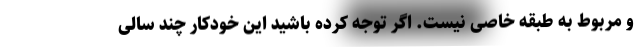
و مربوط به طبقه خاصی نیست. اگر توجه کرده باشید این خودکار چند سالی